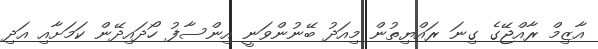
އާޒިމް ރާއްޖޭގެ ގިނަ ރައްޔިތުން މިއަދު ބޭނުންވަނީ އިންސާފު ހޯދައިދޭން ކަމަށާއި އަދި